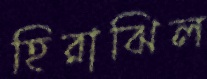
হিরাঝিল